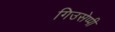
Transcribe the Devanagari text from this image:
गिउसेप्पी